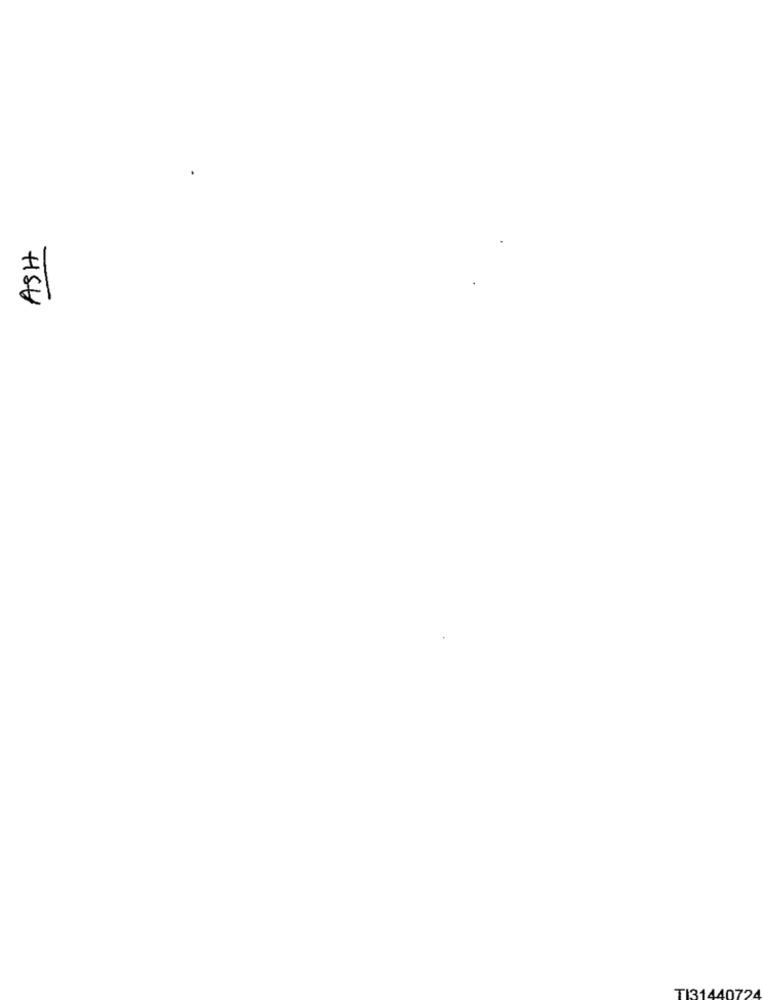
HSV
TI31440724